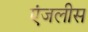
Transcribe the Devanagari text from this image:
एंजलीस